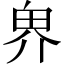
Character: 𪽐